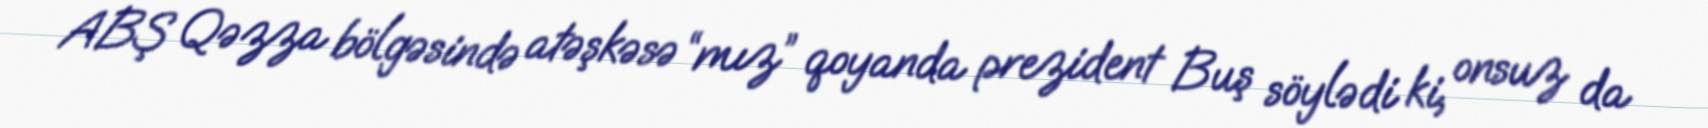
ABŞ Qəzza bölgəsində atəşkəsə “mız” qoyanda prezident Buş söylədi ki, onsuz da